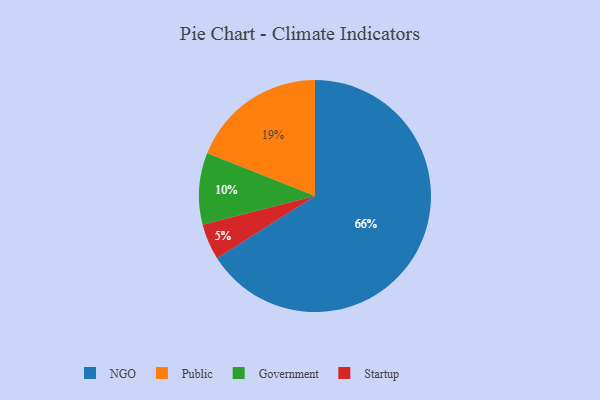
{"axis": {"x": "Category", "y": "Percentage"}, "legend": ["Government", "NGO", "Public", "Startup"], "data": [{"x": "Government", "y": 10, "type": "Government"}, {"x": "Public", "y": 19, "type": "Public"}, {"x": "Startup", "y": 5, "type": "Startup"}, {"x": "NGO", "y": 66, "type": "NGO"}]}